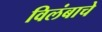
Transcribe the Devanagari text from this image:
विलंबाचे